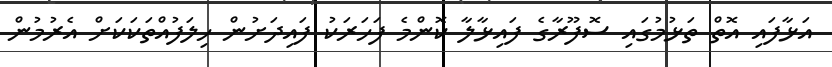
އަޅާފައި އޮތް ތަޅުމުގައި ސޮފޫރާގެ ފައިޅާލާ ކޮންމެ ފަހަރަކު ފައިދަށުން ހިލަފުއްތަކަކަށް އެރުމުން